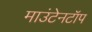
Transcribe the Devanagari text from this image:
माउंटेनटॉप